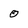
Character: 0